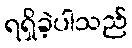
ရရှိခဲ့ပါသည်